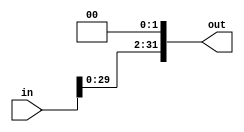
module Shift_Left_twice #(parameter WIDTH=32)
(
 input wire        [WIDTH-1:0]         in,
 output wire      [WIDTH-1:0]         out
);

assign out=in<<2 ;

endmodule